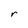
Character: r